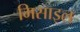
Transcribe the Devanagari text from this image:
मिसाइल